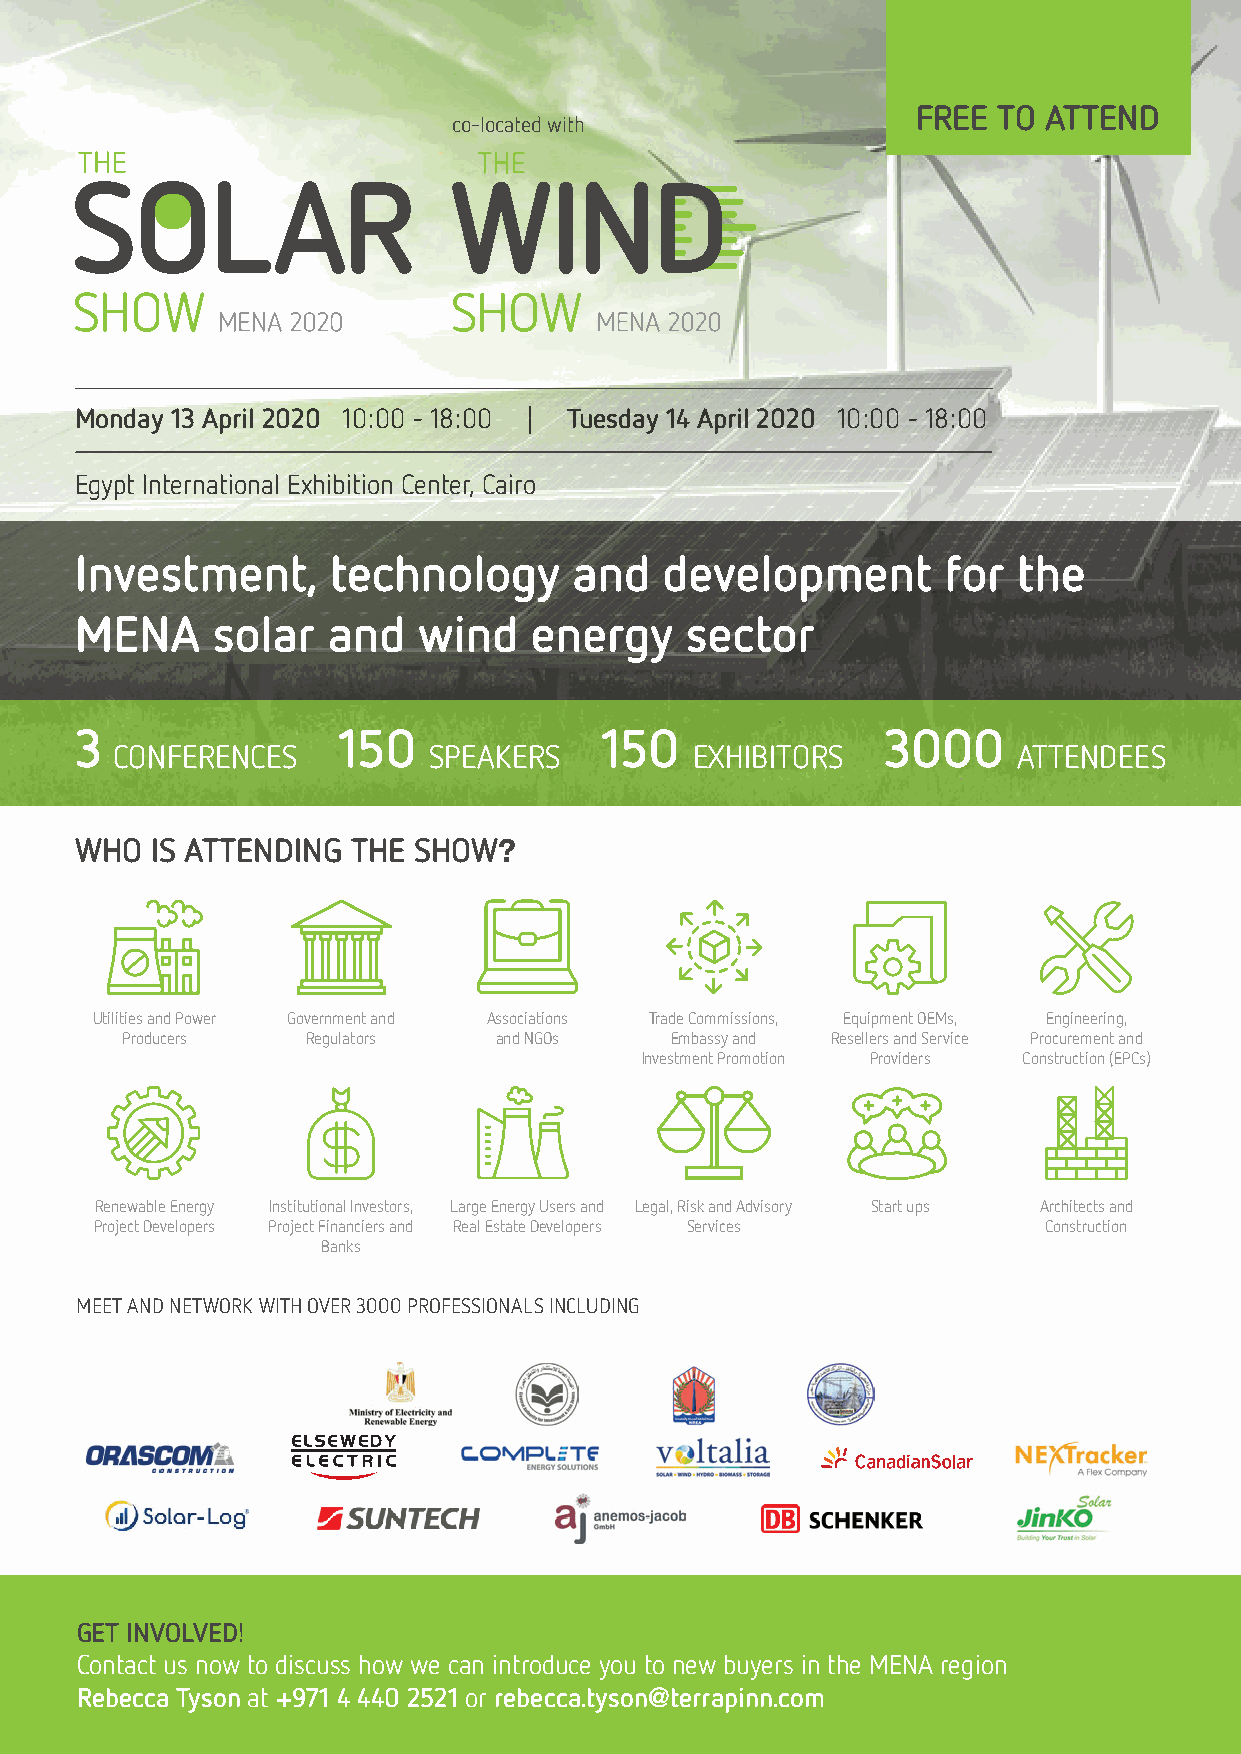
FREE TO ATTEND
 co-located with
 Monday 13 April 2020 10:00 – 18:00 | Tuesday 14 April 2020 10:00 – 18:00
 Egypt International Exhibition Center, Cairo
 Investment,      technology      and   development        for the
 MENA     solar   and   wind   energy    sector
 3                150               150               3000
 CONFERENCES          SPEAKERS          EXHIBITORS           ATTENDEES
 WHO  IS ATTENDING THE SHOW?
 Utilities and Power Government and Associations Trade Commissions, Equipment OEMs, Engineering,
 Producers   Regulators   and NGOs   Embassy and Resellers and Service Procurement and
 Investment Promotion Providers Construction (EPCs)
 Renewable Energy Institutional Investors, Large Energy Users and Legal, Risk and Advisory Start ups Architects and
 Project Developers Project Financiers and Real Estate Developers Services Construction
 Banks
 MEET AND NETWORK WITH OVER 3000 PROFESSIONALS INCLUDING
 GET INVOLVED!
 Contact us now to discuss how we can introduce you to new buyers in the MENA region
 Rebecca Tyson at +971 4 440 2521 or rebecca.tyson@terrapinn.com